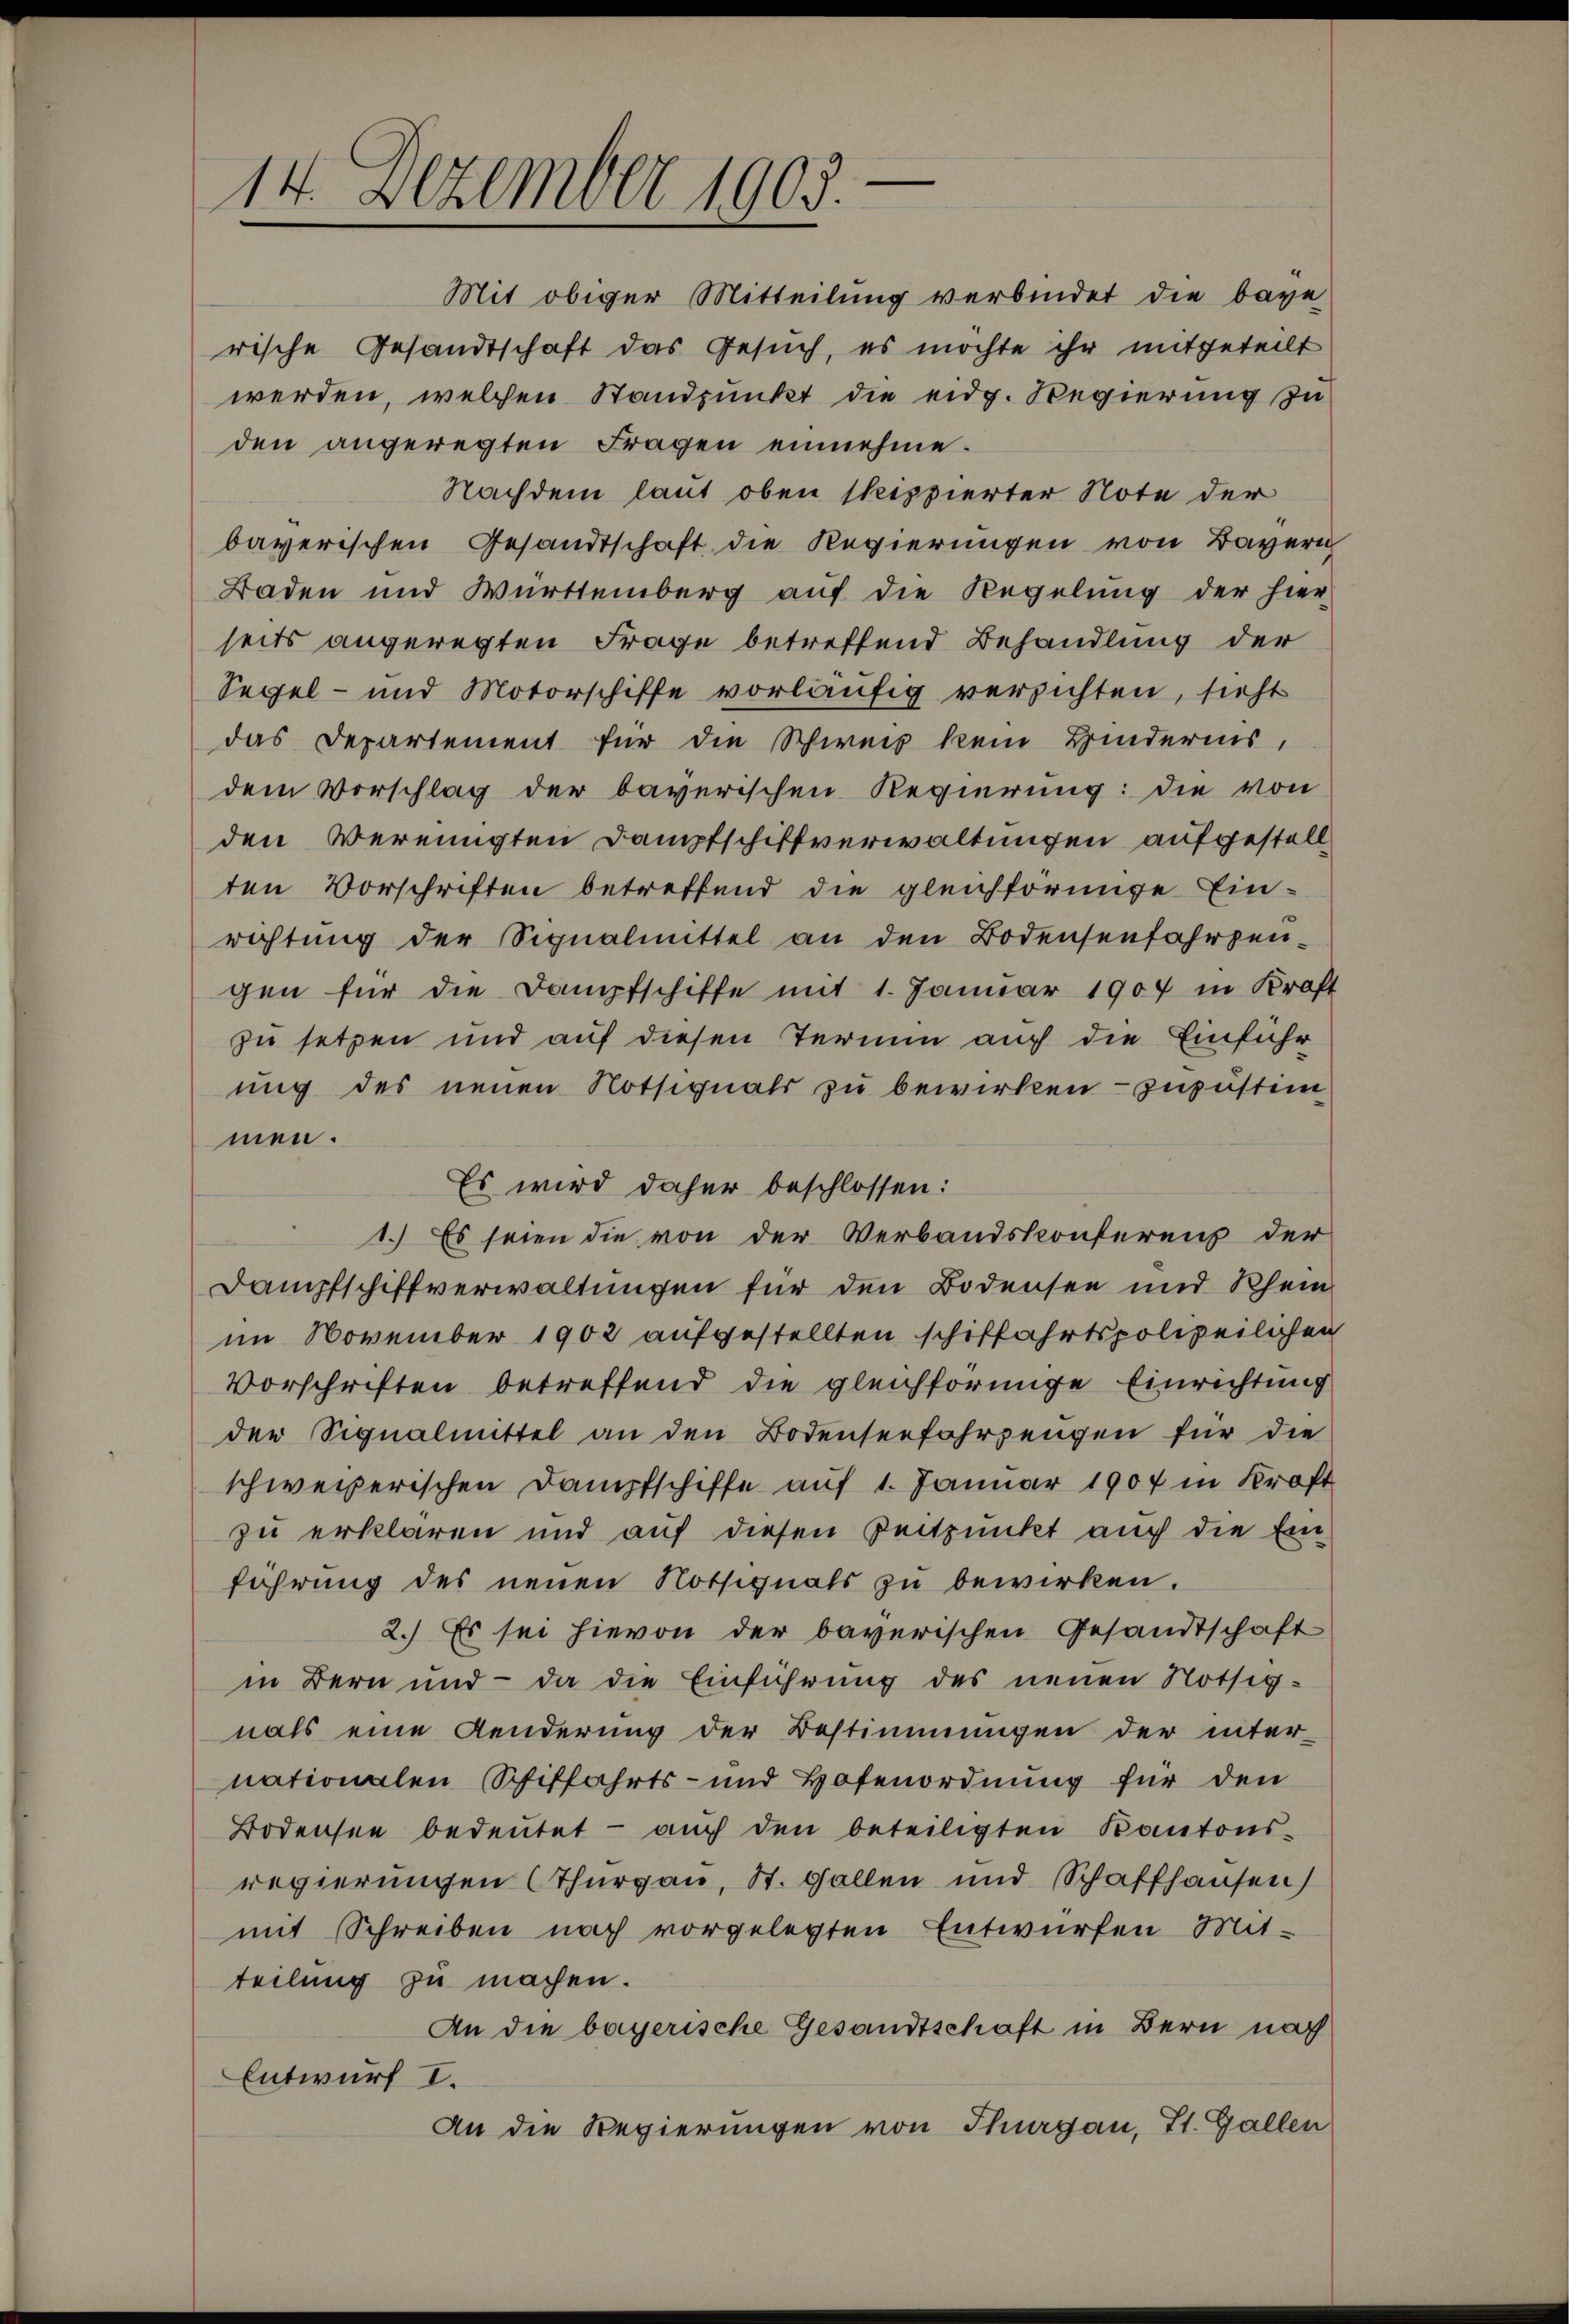
14. Dezember 1903.

den angeregten Fragen einnehme.
Nachdem laut oben skippierter Note der
baverischen Gesandtschaft die Regierungen von Bayerig
Baden und Württemberg auf die Regelung der hier-
seits angeregten Frage betreffend Behandlung der
Segel- und Motorschiffe vorläufig versichten, sieht
das Departement für die Schweis kein Hinderins,
dem Vorschlag der baverischen Regierung: die von
den Vereinigten Dampfschiffverwaltungen aufgestellten Vorschriften betreffend die gleichförmige Einrichtŭng der Signalmittel an den Bodensenfahrpen-
gen für die Dampfschiffe mit 1. Januar 1907 in Kraft
zu setzen und auf diesen Termin auch die Einführ
ung des neuen Notsignals zu bewirken - zuzustimmen.
Es wird daher beschlossen:
1.) Es seien die von der Verbandskonferenz der
Dampfschiffverwaltungen für den Bodensee und Rhein
im November 1902 aufgestellten schiffahrtspolizeilichen
Vorschriften betreffend die gleichförmige Einrichtung
der Signalmittel an den Bodenserfahrengen für die
schweizerischen Dampfschiffe auf 1. Januar 1907 in Kraft
zu erklären und auf diesen Zeitpunkt auch die Ein
führung des neuen Notsignals zu bewirken.
2.) Es sei hievon der bayerischen Gesandtschaft
in Bern und - da die Einführung des neuen Nöthignals eine Aenderung der Bestimmungen der inter-
nationalen Schiffahrts- und Hofenordnung für den
Bodensee bedeutet - auch den beteiligten Kantons-
regierungen (Thurgau, St. Gallen und Schaffhausen)
mit Schreiben nach vorgelegten Entwürfen Mit-
teilung zu machen.
An die bayerische Gesandtschaft in Bern nach
Entwurf I.
An die Regierungen von Thurgau, St. Gallen

Mit obiger Mitteilung verbindet die baye
rische Gesandtschaft das Gesuch, es möchte ihr mitgeteilt
werden, welchen Standpunkt die eidg. Regierung zu